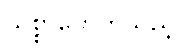
သစ္စာဖောက်သည့်